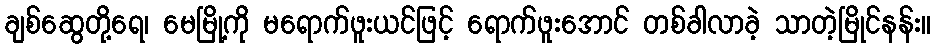
ချစ်ဆွေတို့ရေ၊ မေမြို့ကို မရောက်ဖူးယင်ဖြင့် ရောက်ဖူးအောင် တစ်ခါလာခဲ့ သာတဲ့မြိုင်နန်း။